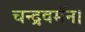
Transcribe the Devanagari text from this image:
चन्द्रवर्मन।